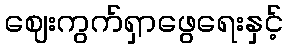
ဈေးကွက်ရှာဖွေရေးနှင့်